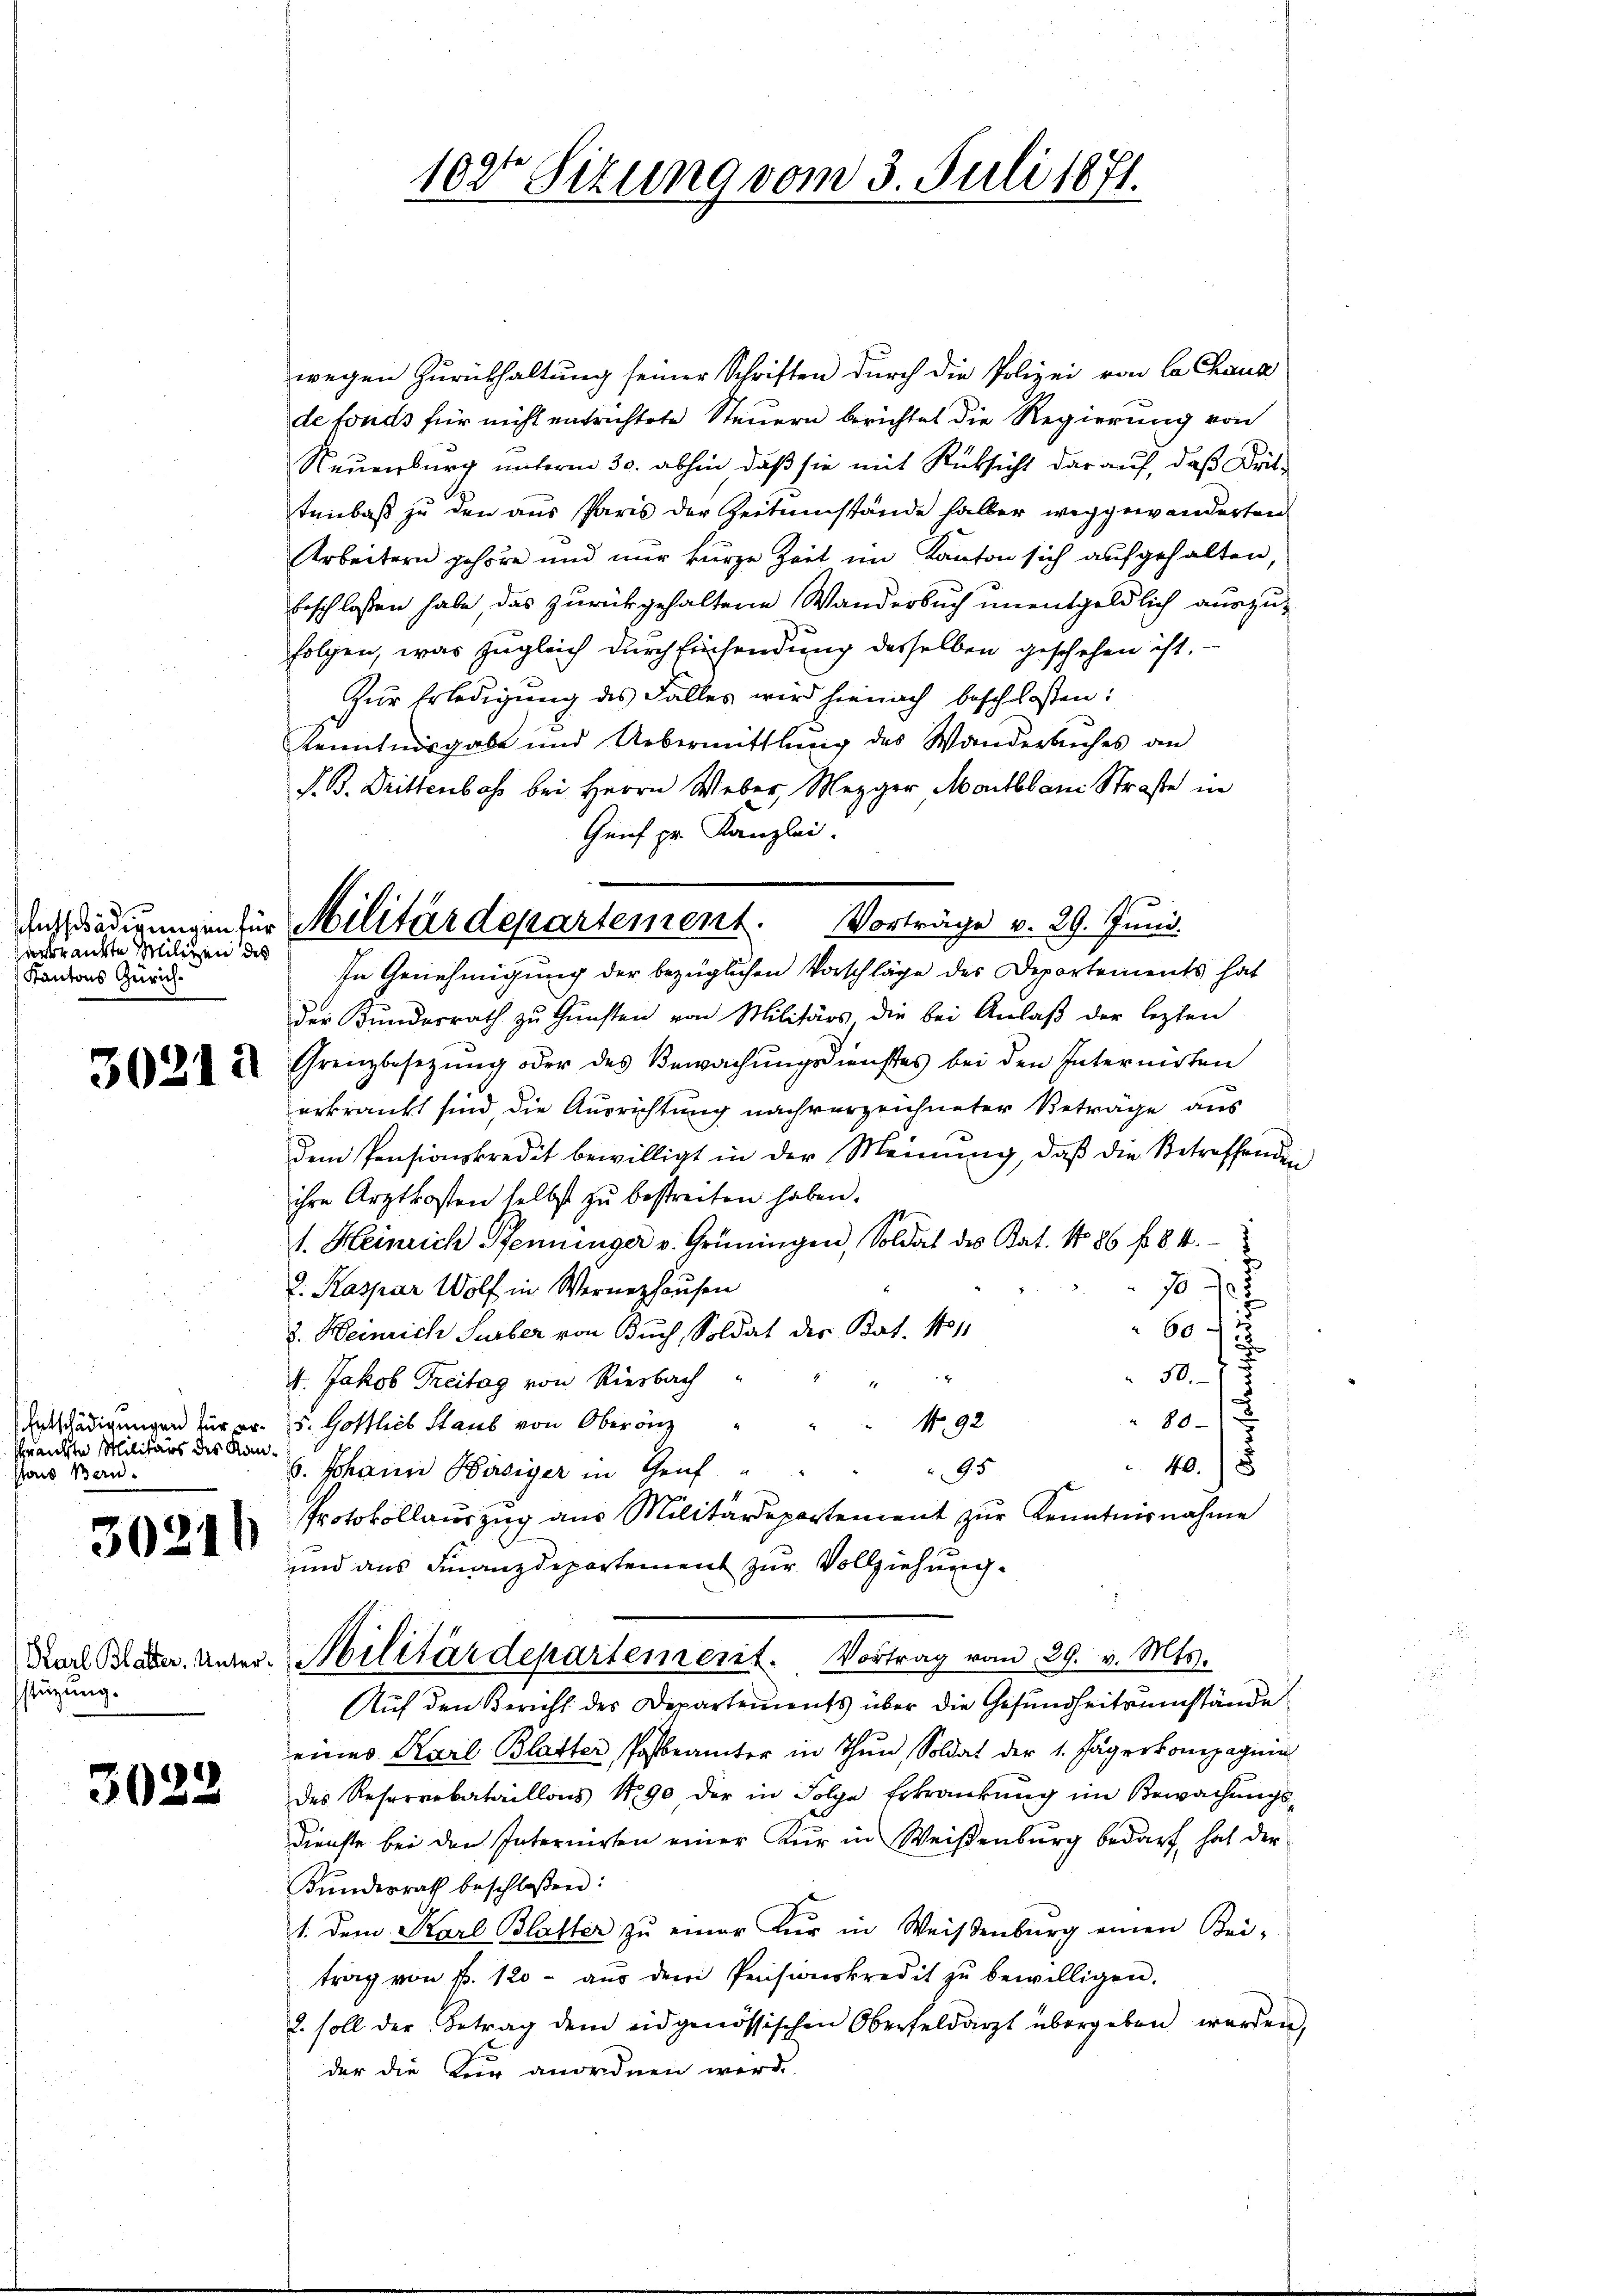
3
erkrankte Milizen des
Kantons Zürich¬

sreichte Militärs des Kanstais Bern.

30216

stüzung.

3023

wegen Zurükhaltung seiner Schriften durch die Polizei von La Chaux
de fonds für nicht entrichtete Steuern berichtet die Regierung von
Neuenburg unterm 30. abhin, daß sie mit Rücksicht darauf, daß Drittenbaß zu den aus Paris der Zeitumstände halber weggewanderten
Arbeitern gehöre und nur kurze Zeit im Kanton sich aufgehalten,
beschlossen habe, das zurückgehaltene Wanderbuch unentgeldlich auszufolgen, was zugleich durch Einsendung desselben geschehen ist.
Zür Erledigung des Falles wird hienach beschlossen:
Kenntnisgabe und Uebermittlung des Wanderbuches an
S. B. Drittenbach bei Herrn Weber, Mezger Montblan Straße in
Günf pr. Kanzlei.
In Genehmigung der bezüglichen Vorschläge des Departements hat
der Bundesrath zu Gunsten von Militärs die bei Anlaß der lezten
22 & Grenzbesetzŭng oder des Bewachŭngsdienstes bei den Internirten
erkrankt sind, die Ausrichtung nachverzeichneter Beträge aus
dem Pensionskredit bewilligt in der Meinung, daß die Betreffenden
ihre Arztkosten selbst zu bestreiten haben.
1. Heinrich Pfenninger v. Grüningen, Soldat des Kat. No 86 f. 84.
1 J.
2. Kaspar Wolf in Wernerhausen
60
d. Heinrich Surber von Buch, Soldat der Bat. 1011
e
.
4. Jakob Treitag von Riesbach
80
No. 92
Entschädigungen für pr. 15. Gottlich Staub von Oberanz
40.
95
. Johann Bädiger in Genf
Protokollauszug aus Militärepartement zur Kenntnisnahme
und aus Finanzdepartement zur Vollziehung
Nach Blater. Unter-Militärdepartement. Vortrag vom 29. v. Mts.
Auf den Bericht des Departements über die Gesundheitsumstände
eines Karl Blatter Postbeamter in Thun, Soldat der 1. Jägerkompagnie
des Reserrebataillons No 90 der in Folge Erkrankung im Bewachungs¬
Dienste bei den Internirten einer Kur in Weisenburg bedarf hat der
Fŭndesrath beschloßen:
1. Dem Karl Blatter zŭ einer für in Weiβenburg einen Bei-
trag von f. 120. aŭs dem Pensionskredit zŭ bewilligen.
2. soll der Betrag dem eidgenössischen Oberfeldarzt übergeben werden,
der die Kur anordnen werde.

Beshädigungen für Militärdepartement. Vorträge v. 29. Juni.

102 Sizung vom 3. Juli 1871.